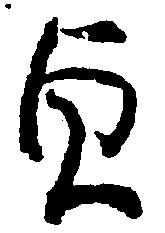
貞